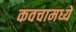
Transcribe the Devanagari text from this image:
कवचामध्ये